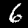
Digit: 6